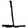
Digit: 1